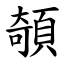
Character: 䫑